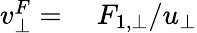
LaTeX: \begin{array}{rl}{v_{\bot}^{F}=}&{{}\ F_{1,\bot}/u_{\bot}}\end{array}